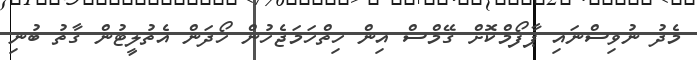
މެދު ނުވިސްނައި ޕާފޯމްކޮށް ގޭމްސް އިން ހިތްހަމަޖެހުން ހޯދަން އެތުލީޓުން ގާތު ބުނި